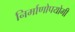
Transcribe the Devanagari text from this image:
निर्माणोपयोगी